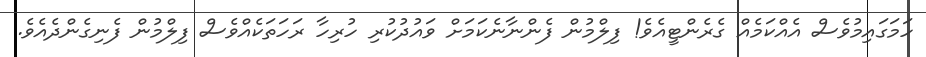
ހަމަގައިމުވެސް އެއްކަމެއް ގެރެންޓީއެވެ! ފިލްމުން ފެންނާނެކަމަށް ވައުދުކުރި ހުރިހާ ރަހަތަކެއްވެސް ފިލްމުން ފެނިގެންދެއެވެ.